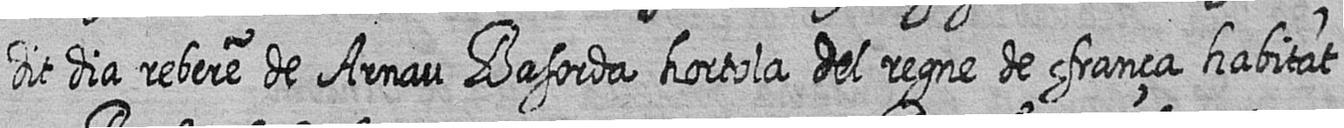
dit dia rebere de Arnau Basorda hortola del regne de fransa habitat